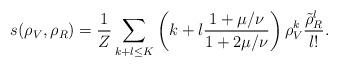
LaTeX: \begin{align*}s(\rho_V, \rho_R) = \frac{1}{Z} \sum\limits_{k+l \leq K} \left(k+l\frac{1+\mu/\nu}{1+2\mu/\nu}\right) \rho_V^k \frac{\tilde{\rho}_R^l}{l!}.\end{align*}